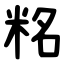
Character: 䊅